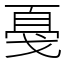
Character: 戞